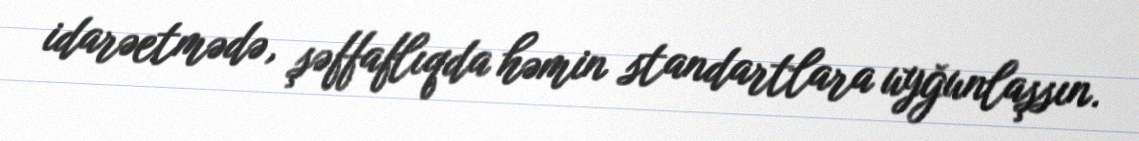
idarəetmədə, şəffaflıqda həmin standartlara uyğunlaşsın.